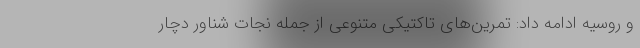
و روسیه ادامه داد: تمرین‌های تاکتیکی متنوعی از جمله نجات شناور دچار